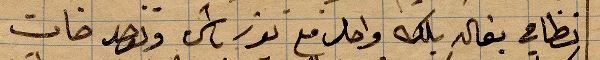
نظامي ... واحد مع ثور باشي ويوجد خان